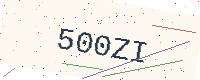
Text: 500ZI